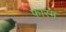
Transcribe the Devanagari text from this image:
फारम